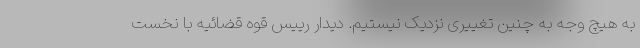
به هیچ وجه به چنین تغییری نزدیک نیستیم. دیدار رییس قوه قضائیه با نخست